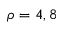
\rho = 4 , 8